Riigikantselei, lk 139
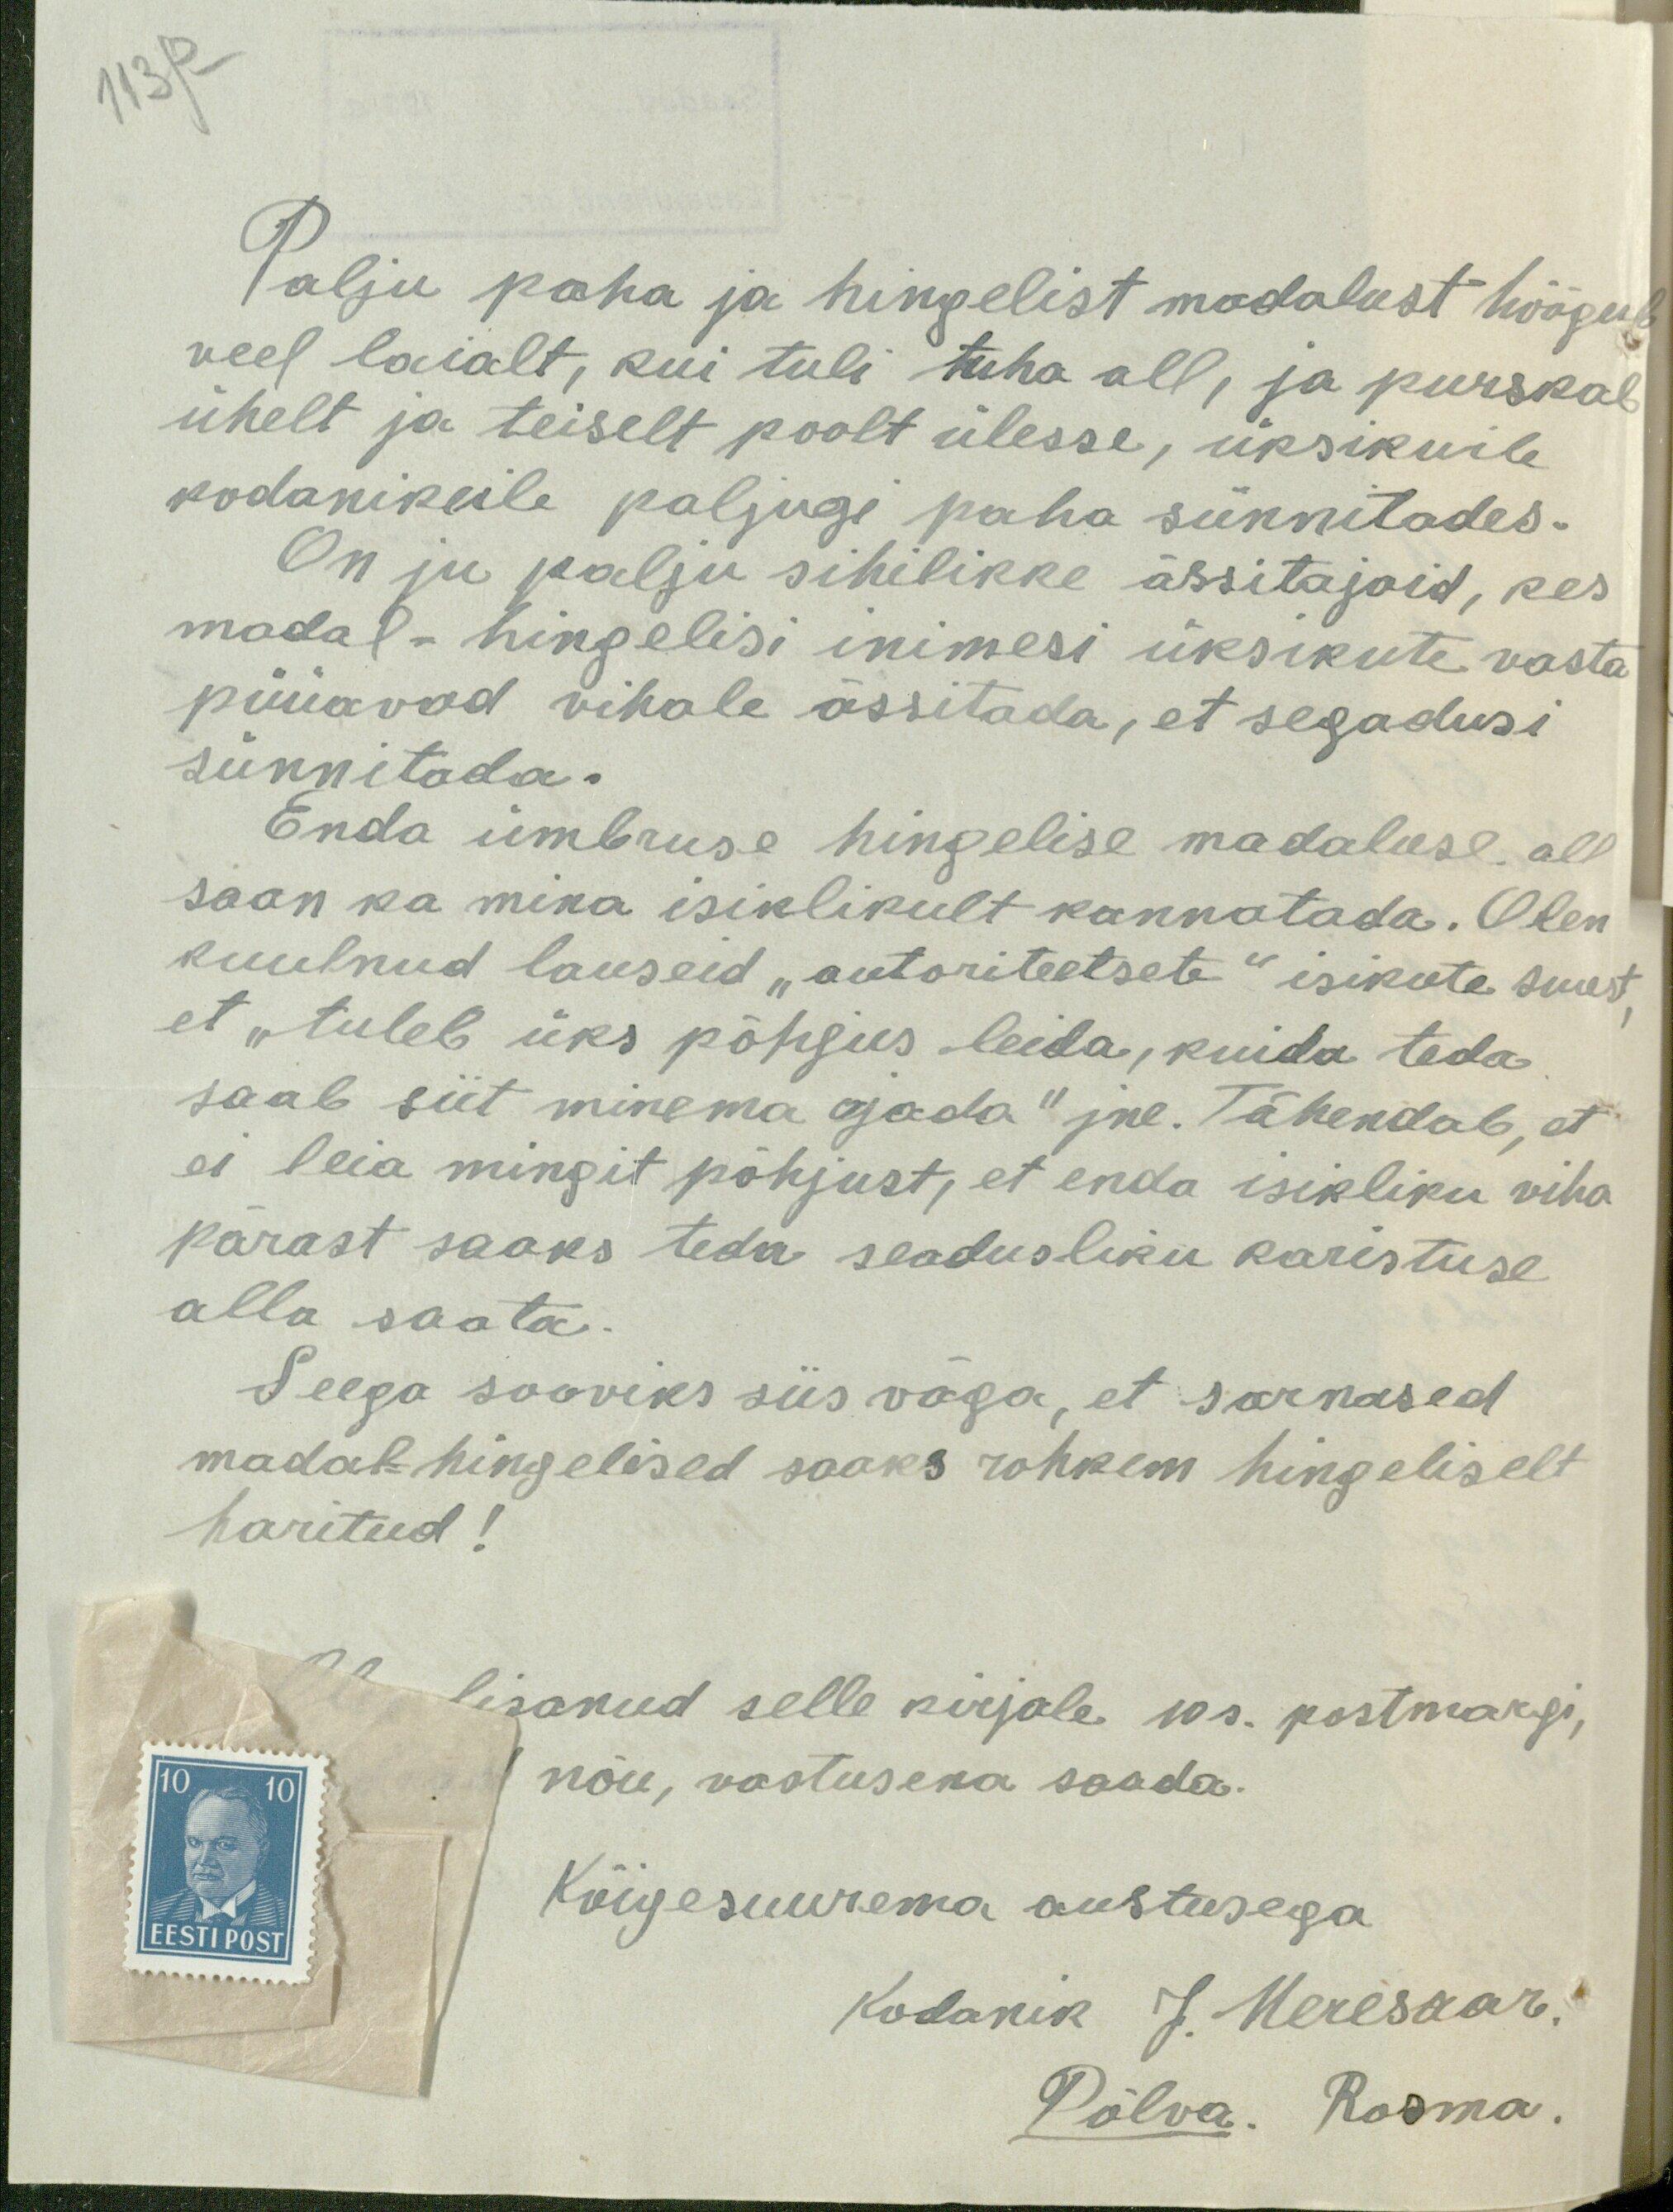
113p -

Palju paha ja hingelist madalust hõõgub
veel laialt, kui tuli tuha all, ja purskab
ühelt ja teiselt poolt ülesse, üksikuile
kodanikeile paljugi paha sünnitades.
On ju palju sihilikke ässitajaid, kes
madal-hingelisi inimesi üksikute vasta
püüavad vihale ässitada, et segadusi
sünnitada.
Enda ümbruse hingelise madaluse all
saan ka mina isiklikult kannatada. Olen
kuulnud lauseid "autoriteetsete" isikute suut
et "tuleb üks põhjus leida, kuida teda
saab siit minema ajada" jne. Tähendab, et
ei leia mingit põhjust, et enda isikliku viha
pärast saaks teda seadusliku karistuse
alla saata.
Seega sooviks siis väga, et sarnased
madal-hingelised saaks rohkem hingeliselt
haritud!
lisanud selle kirjale 10 s. postmargi,
nõu, vastusena saada.
Kõigesuurema austusega
Kodanik J. Meresaar.
Põlva. Rosma.